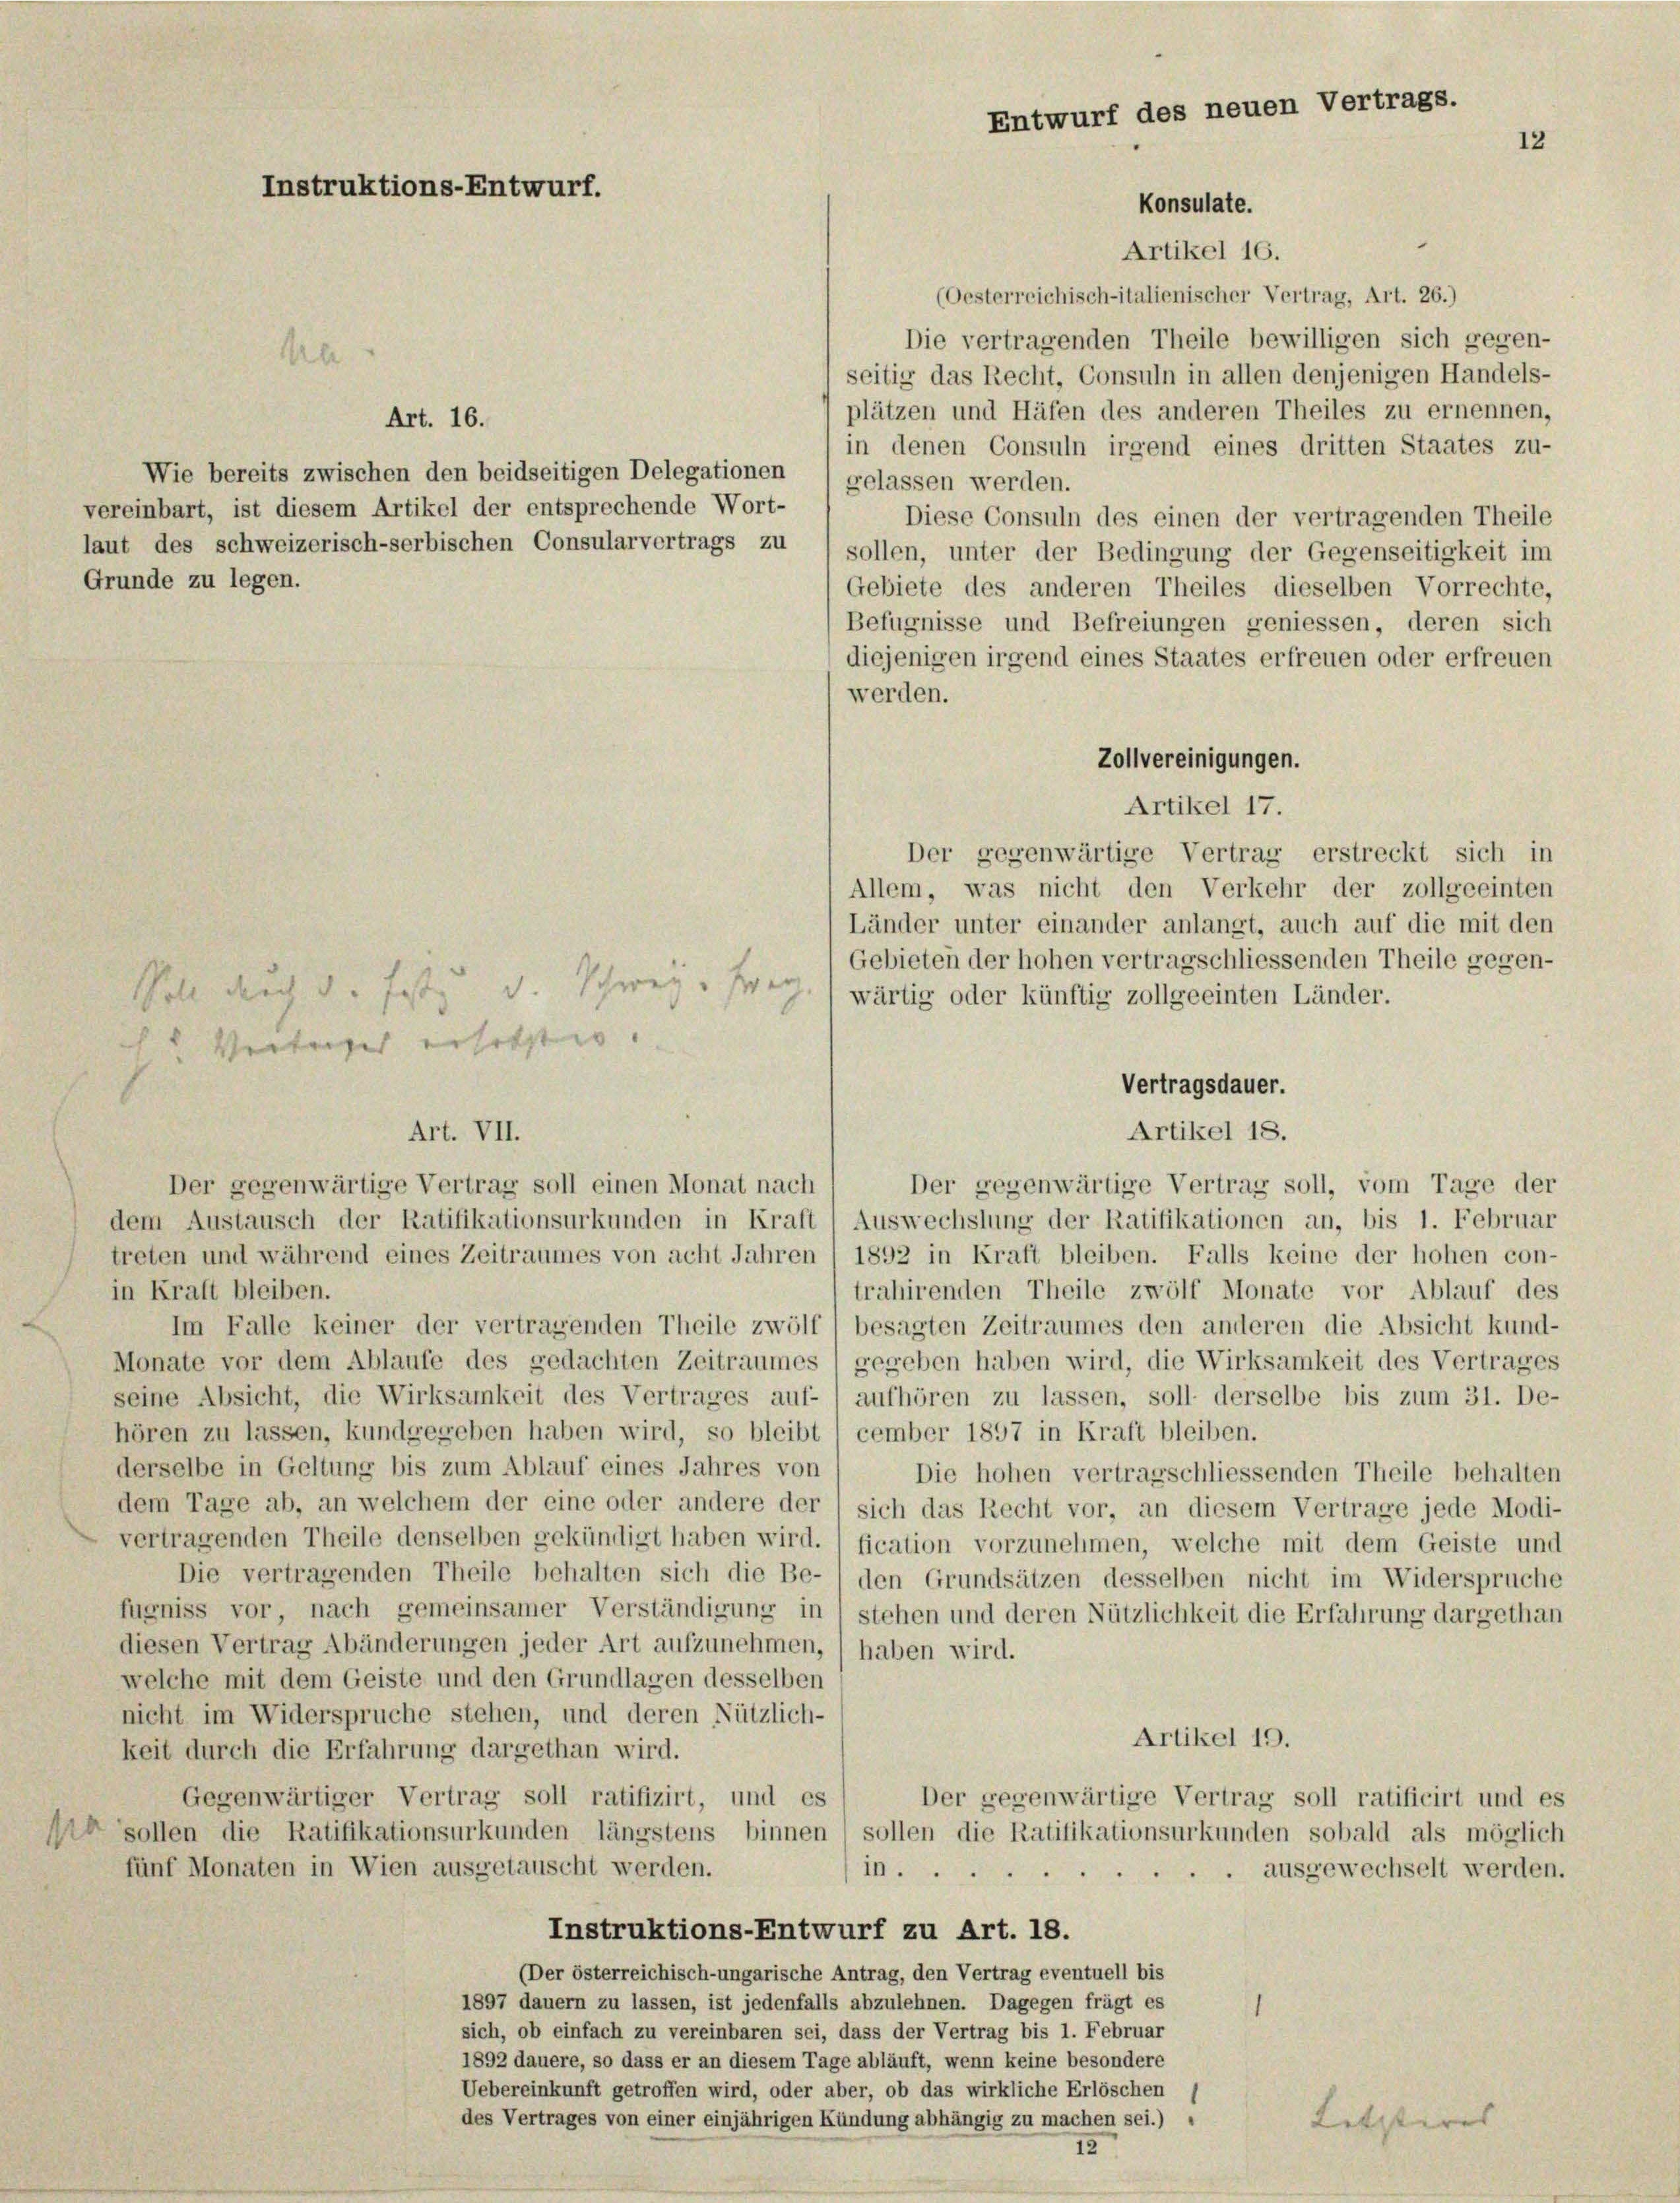
Konsulate.
Artikel 16.
(Oesterreichisch-italienischer Vertrag, Art. 26.)
Die vertragenden Theile bewilligen sich gegen-
seitig das Recht, Consuln in allen denjenigen Handels-
plätzen und Häfen des anderen Theiles zu ernennen,
in denen Consuln irgend eines dritten Staates zu-
Diese Consuln des einen der vertragenden Theile
laut des schweizerisch-serbischen Consularvertrags zu sollen, unter der Bedingung der Gegenseitigkeit im
Gebiete des anderen Theiles dieselben Vorrechte,
Befugnisse und Befreiungen geniessen, deren sich
diejenigen irgend eines Staates erfreuen oder erfreuen
werden.
Zollvereinigungen.
Artikel 17.
Der gegenwärtige Vertrag erstreckt sich in
Allem, was nicht den Verkehr der zollgeeinten
Länder unter einander anlangt, auch auf die mit den
Gebieten der hohen vertragschliessenden Theile gegen-
wärtig oder künftig zollgeeinten Länder.
Vertragsdauer.
Artikel 18.
Der gegenwärtige Vertrag soll einen Monat nach
Der gegenwärtige Vertrag soll, vom Tage der
dem Austausch der Ratifikationsurkunden in Kraft 1 Auswechslung der Ratifikationen an, bis 1. Februar
treten und während eines Zeitraumes von acht Jahren / 1892 in Kraft bleiben. Falls keine der hohen con-
trahirenden Theile zwölf Monate vor Ablauf des
in Kraft bleiben.
Im Falle keiner der vertragenden Theile zwölf) besagten Zeitraumes den anderen die Absicht kund-
Monate vor dem Ablaufe des gedachten Zeitraumes (gegeben haben wird, die Wirksamkeit des Vertrages
seine Absicht, die Wirksamkeit des Vertrages auf- ' aufhören zu lassen, soll derselbe bis zum 31. De-
hören zu lassen, kundgegeben haben wird, so bleibt (cember 1897 in Kraft bleiben.
derselbe in Geltung bis zum Ablauf eines Jahres von
Die hohen vertragschliessenden Theile behalten
dem Tage ab, an welchem der eine oder andere der / sich das Recht vor, an diesem Vertrage jede Modi-
vertragenden Theile denselben gekündigt haben wird. fication vorzunehmen, welche mit dem Geiste und
Die vertragenden Theile behalten sich die Be- ) den Grundsätzen desselben nicht im Widerspruche
fugniss vor, nach gemeinsamer Verständigung in 1 stehen und deren Nützlichkeit die Erfahrung dargethan
diesen Vertrag Abänderungen jeder Art aufzunehmen,) haben wird.
welche mit dem Geiste und den Grundlagen desselben
nicht im Widerspruche stehen, und deren Nützlich-
Artikel 19.
keit durch die Erfahrung dargethan wird.
Gegenwärtiger Vertrag soll ratifizirt, und es
Der gegenwärtige Vertrag soll ratificirt und es
 sollen die Ratifikationsurkunden längstens binnen sollen die Ratifikationsurkunden sobald als möglich
fünf Monaten in Wien ausgetauscht werden.
 ausgewechselt werden.
in....
Instruktions-Entwurf zu Art. 18.
(Der österreichisch-ungarische Antrag, den Vertrag eventuell bis
1897 dauern zu lassen, ist jedenfalls abzulehnen. Dagegen frägt es
sich, ob einfach zu vereinbaren sei, dass der Vertrag bis 1. Februar
1892 dauere, so dass er an diesem Tage abläuft, wenn keine besondere
Uebereinkunft getroffen wird, oder aber, ob das wirkliche Erlöschen
des Vertrages von einer einjährigen Kündung abhängig zu machen sei.) "
Letzteres |
15

Vertrage ersetztes.

Instruktions-Entwurf.

Ma

Art. 16.

Wie bereits zwischen den beidseitigen Delegationen ) gelassen werden.
vereinbart, ist diesem Artikel der entsprechende Wort-
Grunde zu legen.

Soll durch d. festz u. Schweiz. Er er

Art. VII.

Entwurf des neuen Vertrags.
12